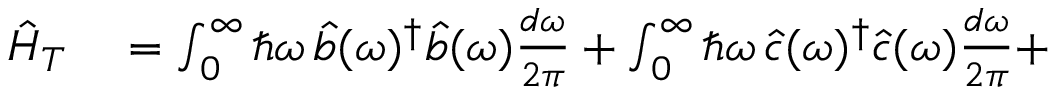
\begin{array} { r l } { \hat { H } _ { T } } & { { } = \int _ { 0 } ^ { \infty } \hbar \omega \, \hat { b } ( \omega ) ^ { \dagger } \hat { b } ( \omega ) \frac { d \omega } { 2 \pi } + \int _ { 0 } ^ { \infty } \hbar \omega \, \hat { c } ( \omega ) ^ { \dagger } \hat { c } ( \omega ) \frac { d \omega } { 2 \pi } + } \end{array}